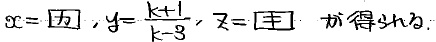
$x = [丙], y = \frac{k + 1}{k - 3}, z = [主]. 试求 shb.$